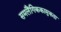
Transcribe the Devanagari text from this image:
समलैंगिककामुकता